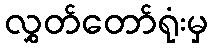
လွှတ်တော်ရုံးမှ